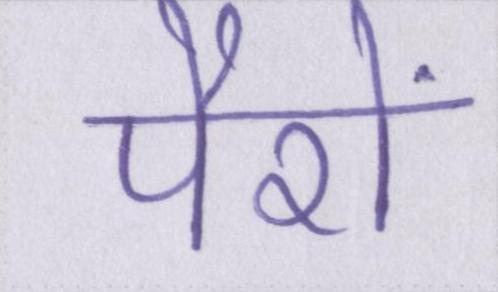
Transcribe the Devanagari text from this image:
पैरों